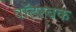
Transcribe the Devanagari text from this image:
वॉटरबक